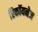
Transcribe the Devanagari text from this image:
रिकॉयनेज